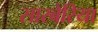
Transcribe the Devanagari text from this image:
सारबेरिया